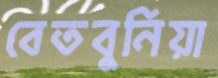
বেতবুনিয়া